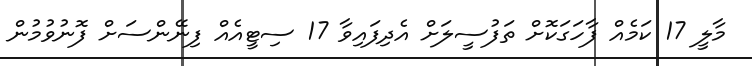
މާލީ 17 ކަމެއް ފާހަގަކޮށް ތަފުސީލަށް އެދިފައިވާ 17 ސިޓީއެއް ފިނޭންސަށް ފޮނުވުމުން